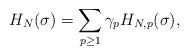
LaTeX: \begin{align*}H_N(\sigma)=\sum_{p\geq 1}\gamma_pH_{N,p}(\sigma),\end{align*}